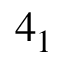
4 _ { 1 }